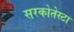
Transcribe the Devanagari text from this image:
सरकोतेस्टा